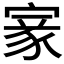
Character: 𡩵